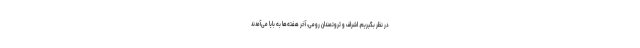
در نظر بگیریم. اشراف و ثروتمندان رومی، آخر هفته‌ها به بایا می‌آمدند